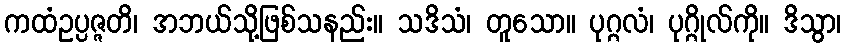
ကထံဥပ္ပဇ္ဇတိ၊ အဘယ်သို့ဖြစ်သနည်း။ သဒိသံ၊ တူသော။ ပုဂ္ဂလံ၊ ပုဂ္ဂိုလ်ကို။ ဒိသွာ၊